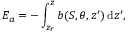
E _ { a } = - \int _ { z _ { r } } ^ { z } b ( S , \theta , z ^ { \prime } ) \, \mathrm { d } z ^ { \prime } ,